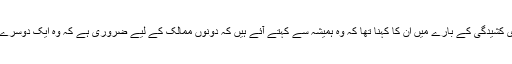
انہوں نے پاکستان سے زیادہ بالی وڈ کی فلموں میں کام کیا ہے، پاکستان اور بھارت کے درمیان جاری کشیدگی کے بارے میں ان کا کہنا تھا کہ وہ ہمیشہ سے کہتے آئے ہیں کہ دونوں ممالک کے لیے ضروری ہے کہ وہ ایک دوسرے کے ساتھ کام کریں اور یہ معیشت کے لیے ضروری ہے کیونکہ پھر اس کا اثر نیچے تک جاتا ہے۔